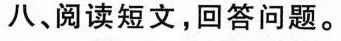
八、阅读短文，回答问题。